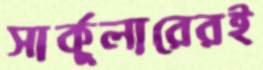
সার্কুলারেরই